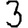
Digit: 3